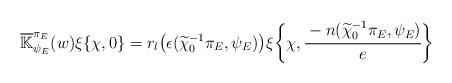
LaTeX: \begin{align*}\overline{\mathbb{K}}_{\psi_E}^{\pi_E}(w)\xi\{\chi,0\} =r_l\big(\epsilon(\widetilde{\chi}_0^{-1}\pi_E,\psi_E)\big)\xi\bigg\{\chi,\cfrac{-n(\widetilde{\chi}_0^{-1}\pi_E,\psi_E)}{e}\bigg\}\end{align*}